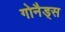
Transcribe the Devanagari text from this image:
गोनैड्स